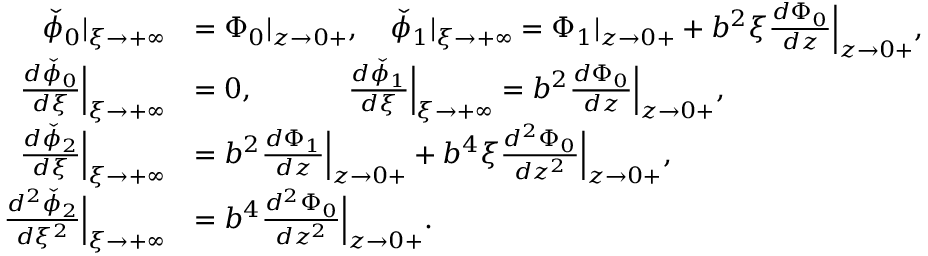
\begin{array} { r l } { \check { \phi } _ { 0 } | _ { \xi \to + \infty } } & { = { \Phi } _ { 0 } | _ { z \to 0 + } , \quad \check { \phi } _ { 1 } | _ { \xi \to + \infty } = { \Phi } _ { 1 } | _ { z \to 0 + } + b ^ { 2 } \xi \frac { d { \Phi } _ { 0 } } { d z } \Big | _ { z \to 0 + } , } \\ { \frac { d \check { \phi } _ { 0 } } { d \xi } \Big | _ { \xi \to + \infty } } & { = 0 , \quad \quad \quad \; \frac { d \check { \phi } _ { 1 } } { d \xi } \Big | _ { \xi \to + \infty } = b ^ { 2 } \frac { d { \Phi } _ { 0 } } { d z } \Big | _ { z \to 0 + } , } \\ { \frac { d \check { \phi } _ { 2 } } { d \xi } \Big | _ { \xi \to + \infty } } & { = b ^ { 2 } \frac { d { \Phi } _ { 1 } } { d z } \Big | _ { z \to 0 + } + b ^ { 4 } \xi \frac { d ^ { 2 } { \Phi } _ { 0 } } { d z ^ { 2 } } \Big | _ { z \to 0 + } , } \\ { \frac { d ^ { 2 } \check { \phi } _ { 2 } } { d \xi ^ { 2 } } \Big | _ { \xi \to + \infty } } & { = b ^ { 4 } \frac { d ^ { 2 } { \Phi } _ { 0 } } { d z ^ { 2 } } \Big | _ { z \to 0 + } . } \end{array}